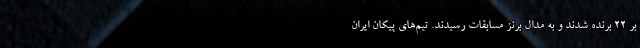
بر 22 برنده شدند و به مدال برنز مسابقات رسیدند. تیم‌های پیکان ایران